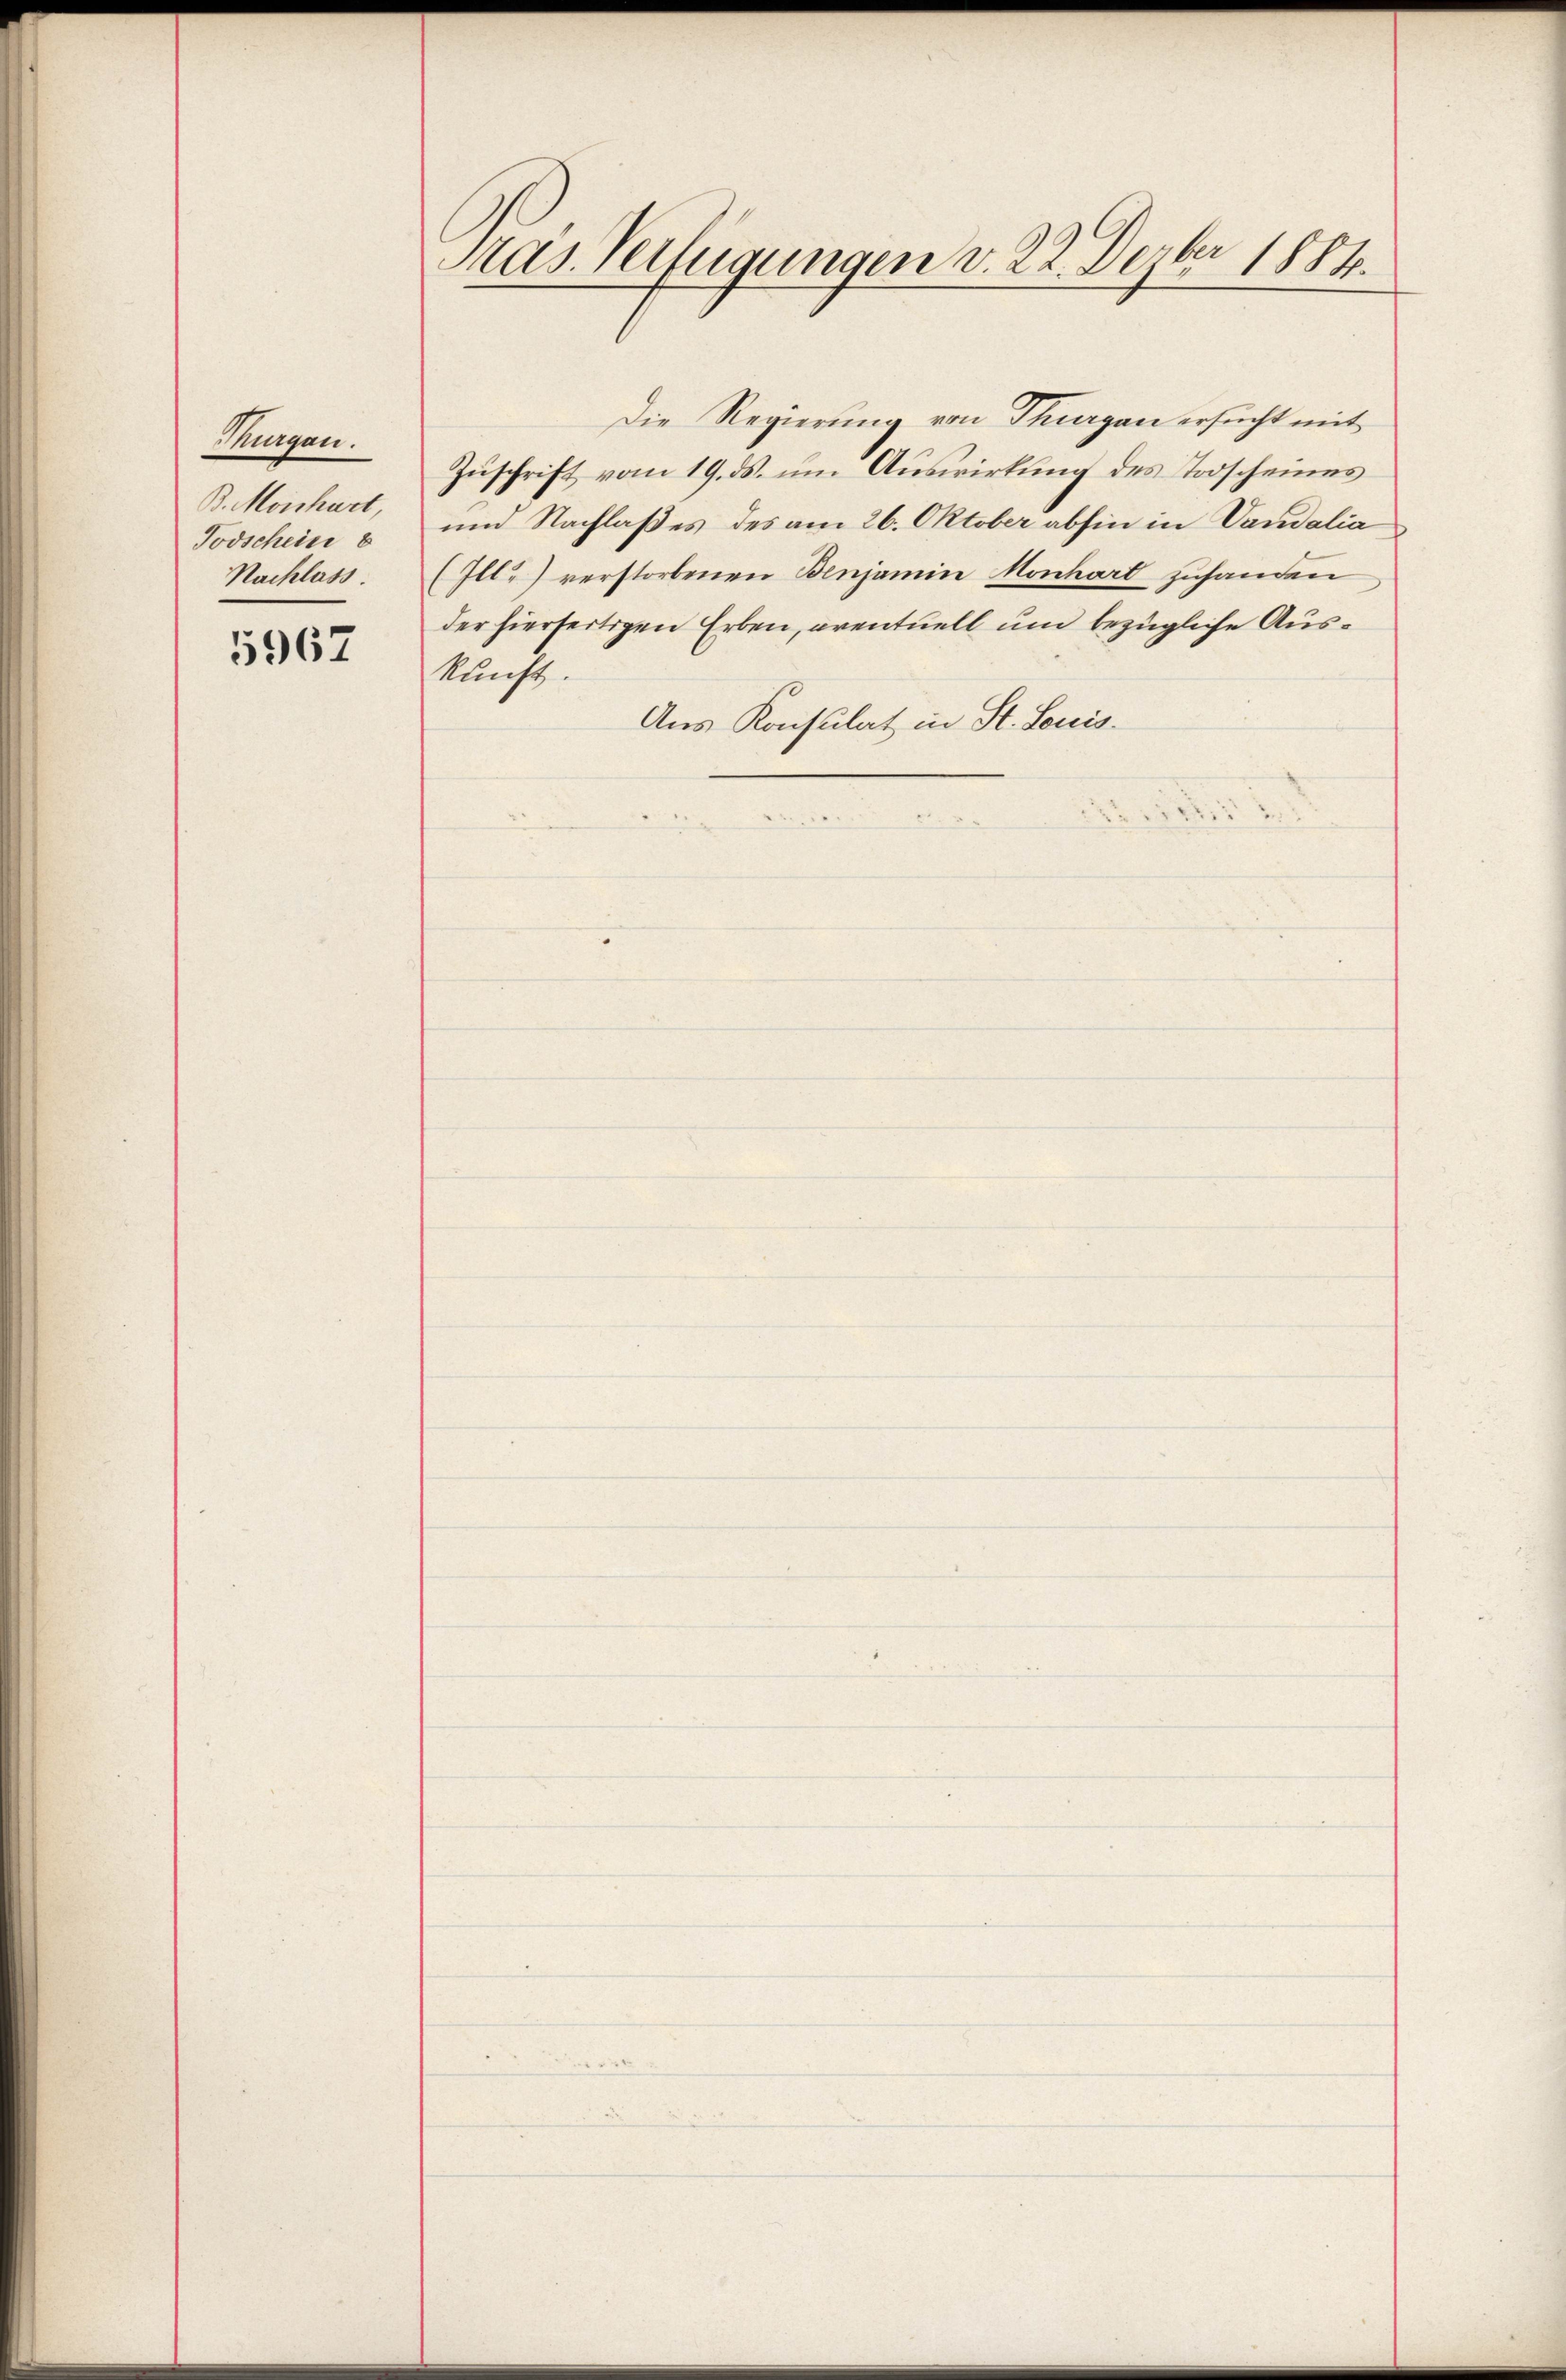
Murgan.
B. Michart,
Todschein 8
Nachlass.

5967

Pras Verfügungen v. 22. Dezbr 1884.

Die Regierung von Thurgau ersucht mit
Zuschrift vom 19. ds. um Auswirkung des Todscheines
und Nachlaßes des am 26. Oktober abhin in Vandalia
(Ill) verstorbenen Benjamin Monhart zuhanden
der hierseitigen Erben, eventuell um bezügliche Auskunft.
Aus Konsulat in St. Louis.